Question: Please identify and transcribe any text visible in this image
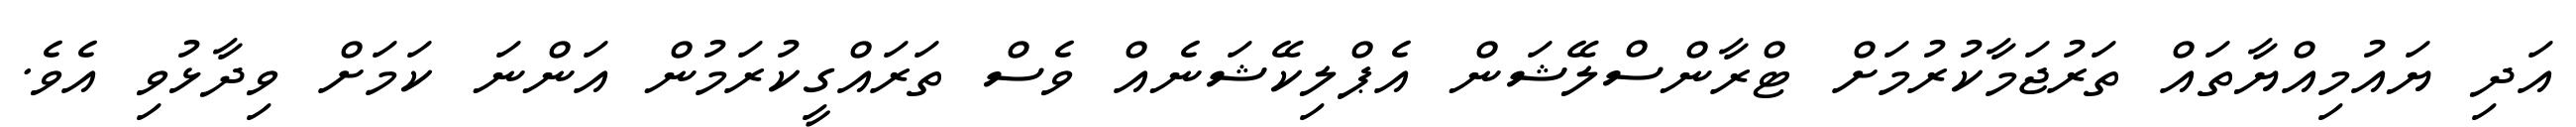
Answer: އަދި ޔައުމިއްޔާތައް ތަރުޖަމާކުރުމަށް ޓްރާންސްލޭޝަން އެޕްލިކޭޝަނެއް ވެސް ތަރައްގީކުރަމުން އަންނަ ކަމަށް ވިދާޅުވި އެވެ.